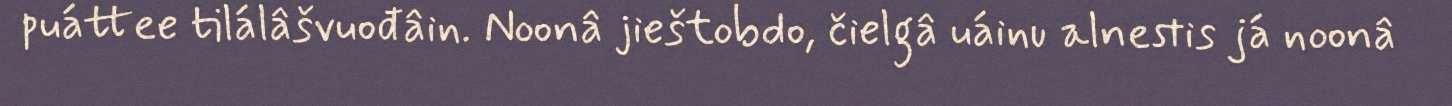
puáttee tilálâšvuođâin. Noonâ jieštobdo, čielgâ uáinu alnestis já noonâ